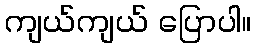
ကျယ်ကျယ် ပြောပါ။